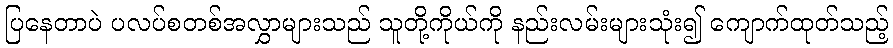
ပြနေတာပဲ ပလပ်စတစ်အလွှာများသည် သူတို့ကိုယ်ကို နည်းလမ်းများသုံး၍ ကျောက်ထုတ်သည့်